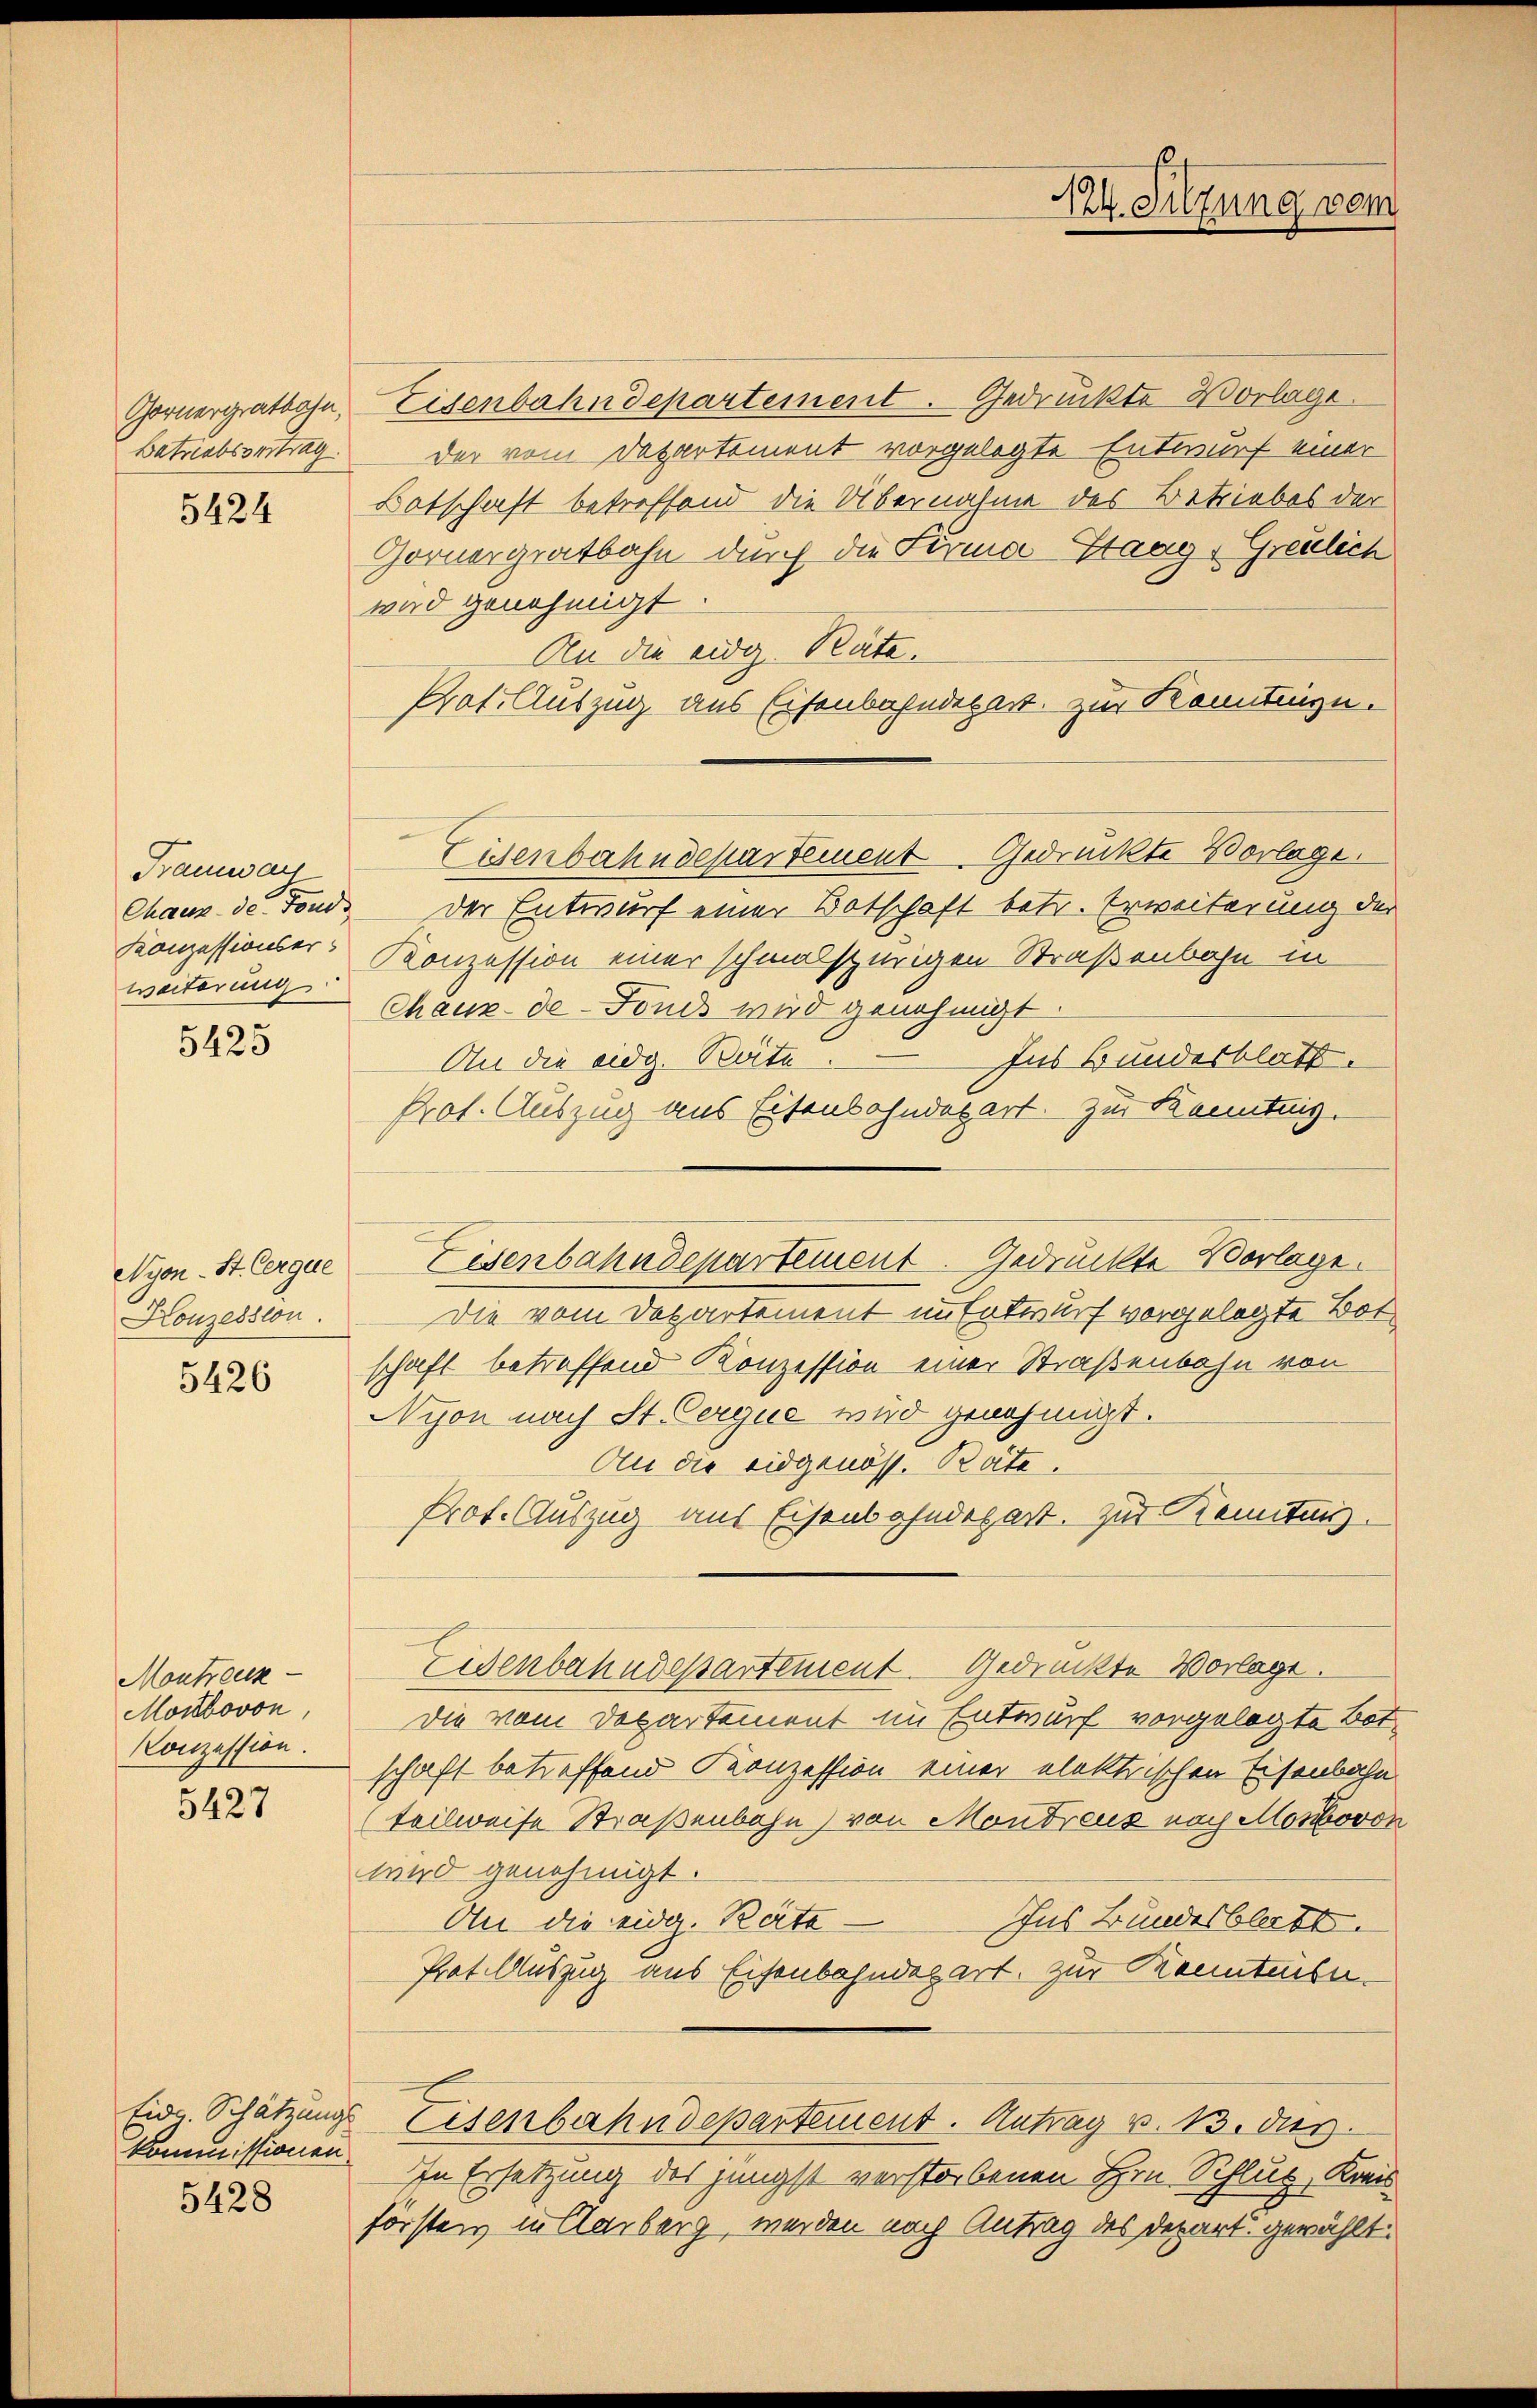
5424

Tramwais
weiterung

5425

Nyon - St. Cergue
Konzession.

5426

Montreuk
Montbovon,
Konzession.

5427

kommissionen.

5428

Gornergratlohn, Eisenbahndepartement. Gedruckte Vorlage.
batriebsvertrag der vom Departement vorgelegte Entwurf einer
Botschaft betreffend die Übernahme des Betriebes der
Gornergratbahn durch die Firma Staag-Greulich
wird genehmigt.
An die eidg. Rate.
Prof. Auszug aus Eisenbahndepart zur Kenntinge.
Eisenbahndepartement Gedruckte Vorlage.
Chaux de Fond der Entwurf einer Botschaft betr. Erweiterung der
Konzessionser-Konzession einer schmalspurigen Straßenbahn in
Chaux-de-Fonds wird genehmigt.
Ins Bundesblatt.
An die eidg. Räte
Prof. Auszug aus Eisenbahndepart. Zur Kenntnis.
Die vom Departement im Entwurf vorgelegte Bot
schaft betreffend Konzession einer Straßenbahn von
Nison nach St. Cerque wird genehmigt.
An die eidgenöss. Bate.
Prot. Auszug aus Eisenbahndepart. Zur Kenntung.
Eisenbahndepartement. Gedruckte Vorlage.
Die vom Departement im Entwurf vorgelegte Botschaft betreffend Konzession einer elektrischen Eisenbahn
(teilweise Straßenbahn) von Mondreuz nach Monbovon
wird genehmigt.
An die eidg. Räte¬
Ins Bundesblickt.
Prot. Auszug aus Eisenbahndepart. Zur Kenntenbe¬
Eid. Schätzung Eisenbahndepartement. Antrag v. 13. dies
In Ersetzung des jüngst verstorbenen Hrn. Schluß, Kreis
försten in Aarberg, werden nach Antrag des Depart gewählt.

Eisenbahndepartement. Gedruckte Vorlage.

Kt. Sitzung vom